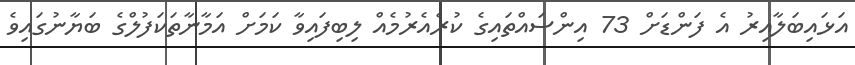
އަޅައިބަލާއިރު އެ ފަންޑަށް 73 އިންސައްތައިގެ ކުރެއެރުމެއް ލިބިފައިވާ ކަމަށް އަމާނާތަކަފުލްގެ ބަޔާނުގައިވެ